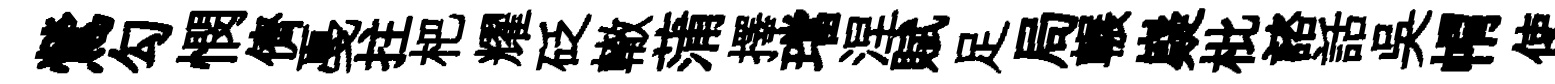
鶯勾憫儕戞拄杷耀砭轍蒲擇璫涅賦足局輾嶷枇諮話吳㡌使